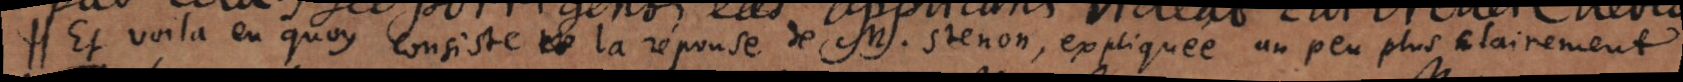
Et voila en quoy consiste la réponse de M. Stenon, expliquée un peu plus clairement